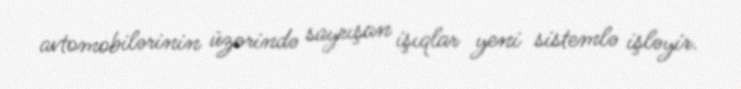
avtomobilərinin üzərində sayrışan işıqlar yeni sistemlə işləyir.